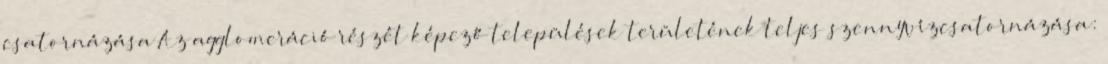
csatornázása Az agglomeráció részét képező települések területének teljes szennyvízcsatornázása: